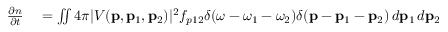
\begin{array} { r l } { \frac { \partial n } { \partial t } } & { { } = \iint 4 \pi | V ( \mathbf { p } , \mathbf { p } _ { 1 } , \mathbf { p } _ { 2 } ) | ^ { 2 } f _ { p 1 2 } \delta ( \omega - \omega _ { 1 } - \omega _ { 2 } ) \delta ( \mathbf { p } - \mathbf { p } _ { 1 } - \mathbf { p } _ { 2 } ) \, d \mathbf { p } _ { 1 } \, d \mathbf { p } _ { 2 } } \end{array}